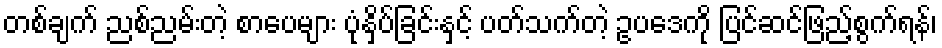
တစ်ချက် ညစ်ညမ်းတဲ့ စာပေများ ပုံနှိပ်ခြင်းနှင့် ပတ်သက်တဲ့ ဥပဒေကို ပြင်ဆင်ဖြည့်စွက်ရန်၊